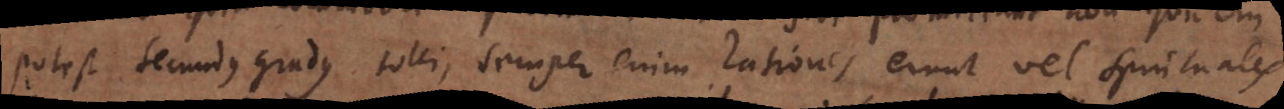
Potest secundus gradus tolli, semper enim rationes erunt vel spirituales,